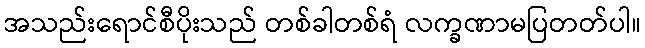
အသည်းရောင်စီပိုးသည် တစ်ခါတစ်ရံ လက္ခဏာမပြတတ်ပါ။